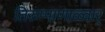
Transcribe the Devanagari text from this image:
तिरुप्पाणाळ्वार्